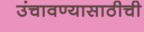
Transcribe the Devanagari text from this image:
उंचावण्यासाठीची